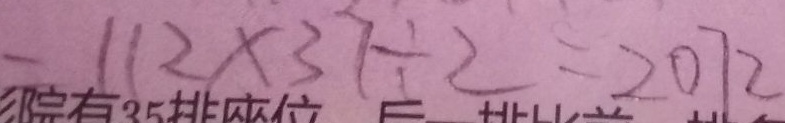
= 1 1 2 \times 3 7 \div 2 = 2 0 7 2